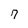
Character: 7